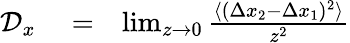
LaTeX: \begin{array}{rlr}{\mathcal D_{x}}&{{}=}&{\operatorname*{lim}_{z\to 0}\frac{\langle(\Delta x_{2}-\Delta x_{1})^{2}\rangle}{z^{2}}}\end{array}